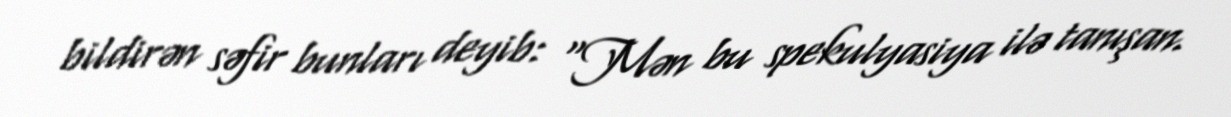
bildirən səfir bunları deyib: “Mən bu spekulyasiya ilə tanışan.